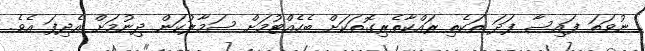
ނުވަތަ ފައިސާ ފަދަ ތަކެތި ރައްކާތެރިގޮތަކަށް ބެހެއްޓުމަށް ސަމާލުކަން ދިނުމަށް އެދިފަ އެވެ.